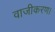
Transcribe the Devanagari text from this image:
वाजीकरण।